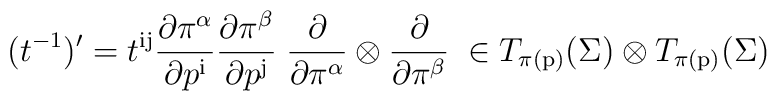
(t^{-1})'  =  t^{\mathrm{ij}} {\partial\pi^\alpha\over\partial p^{\mathrm{i}}}{\partial\pi^\beta\over\partial p^{\mathrm{j}}}\; {\partial\over\partial\pi^\alpha}\otimes{\partial\over\partial\pi^\beta}\;\in  T_{\pi(\mathrm{p})}(\Sigma) \otimes T_{\pi(\mathrm{p})}(\Sigma)